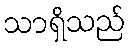
သာရှိသည်